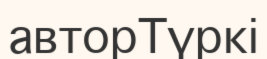
авторТүркі